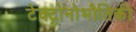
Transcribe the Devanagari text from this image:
टेक्टोनोभौतिकी